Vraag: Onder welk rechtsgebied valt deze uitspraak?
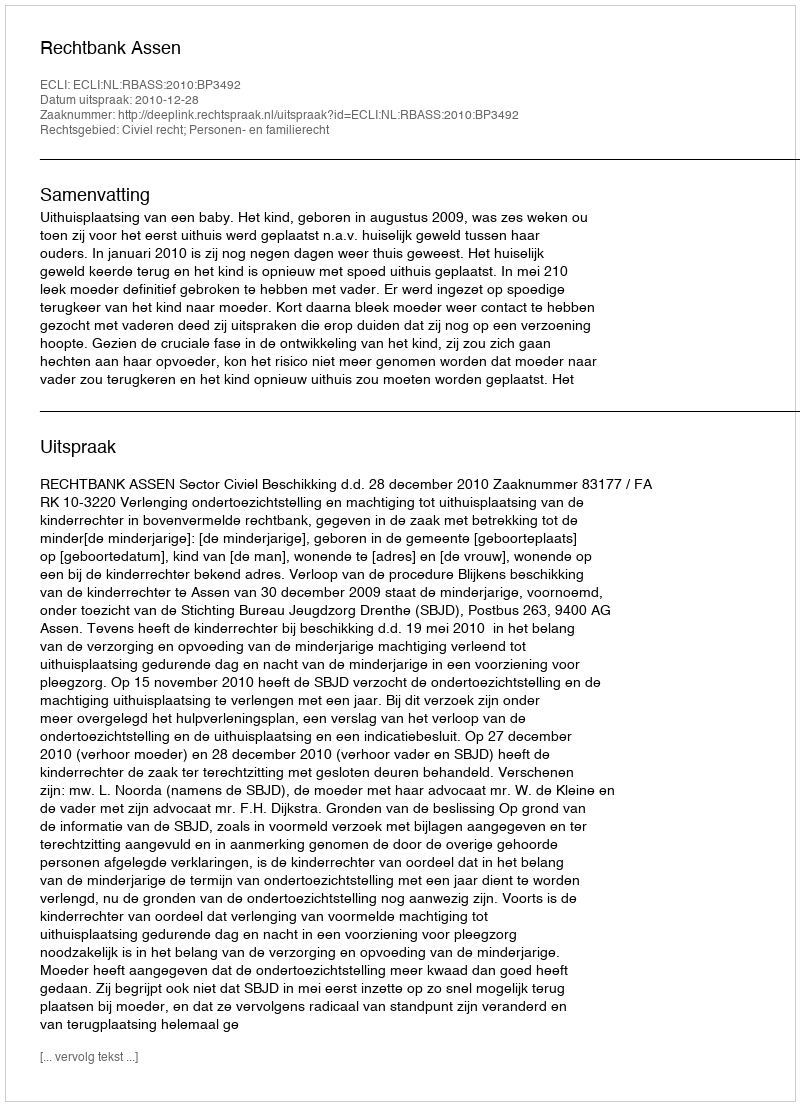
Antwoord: Civiel recht; Personen- en familierecht